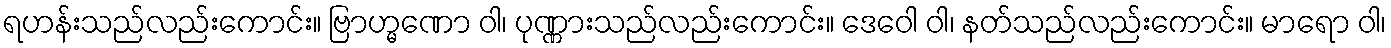
ရဟန်းသည်လည်းကောင်း။ ဗြာဟ္မဏော ဝါ၊ ပုဏ္ဏားသည်လည်းကောင်း။ ဒေဝေါ ဝါ၊ နတ်သည်လည်းကောင်း။ မာရော ဝါ၊